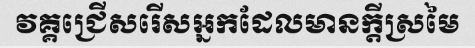
វគ្គជ្រើសរើសអ្នកដែលមានក្តីស្រមៃ